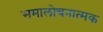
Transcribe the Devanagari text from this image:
समालोचनात्‍मक